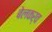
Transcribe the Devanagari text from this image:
बेलकर्व